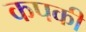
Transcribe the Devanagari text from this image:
कपकी